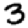
Digit: 3